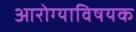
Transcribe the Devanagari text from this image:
आरोग्याविषयक